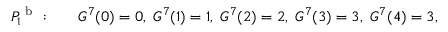
\begin{array} { r l } { P _ { 1 } ^ { \mathrm { ~ b ~ } } : \quad } & { { } G ^ { 7 } ( 0 ) = 0 , \; G ^ { 7 } ( 1 ) = 1 , \; G ^ { 7 } ( 2 ) = 2 , \; G ^ { 7 } ( 3 ) = 3 , \; G ^ { 7 } ( 4 ) = 3 , } \end{array}